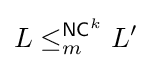
L\leq _{m}^{{\mathsf {NC}}^{k}}L'